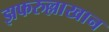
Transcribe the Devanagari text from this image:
झफरुल्लाखान